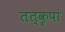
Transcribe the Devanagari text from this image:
तत्कृपां